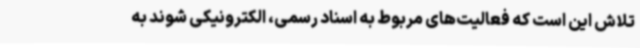
تلاش این است که فعالیت‌های مربوط به اسناد رسمی‌، الکترونیکی شوند به